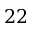
2 2